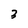
Character: 3